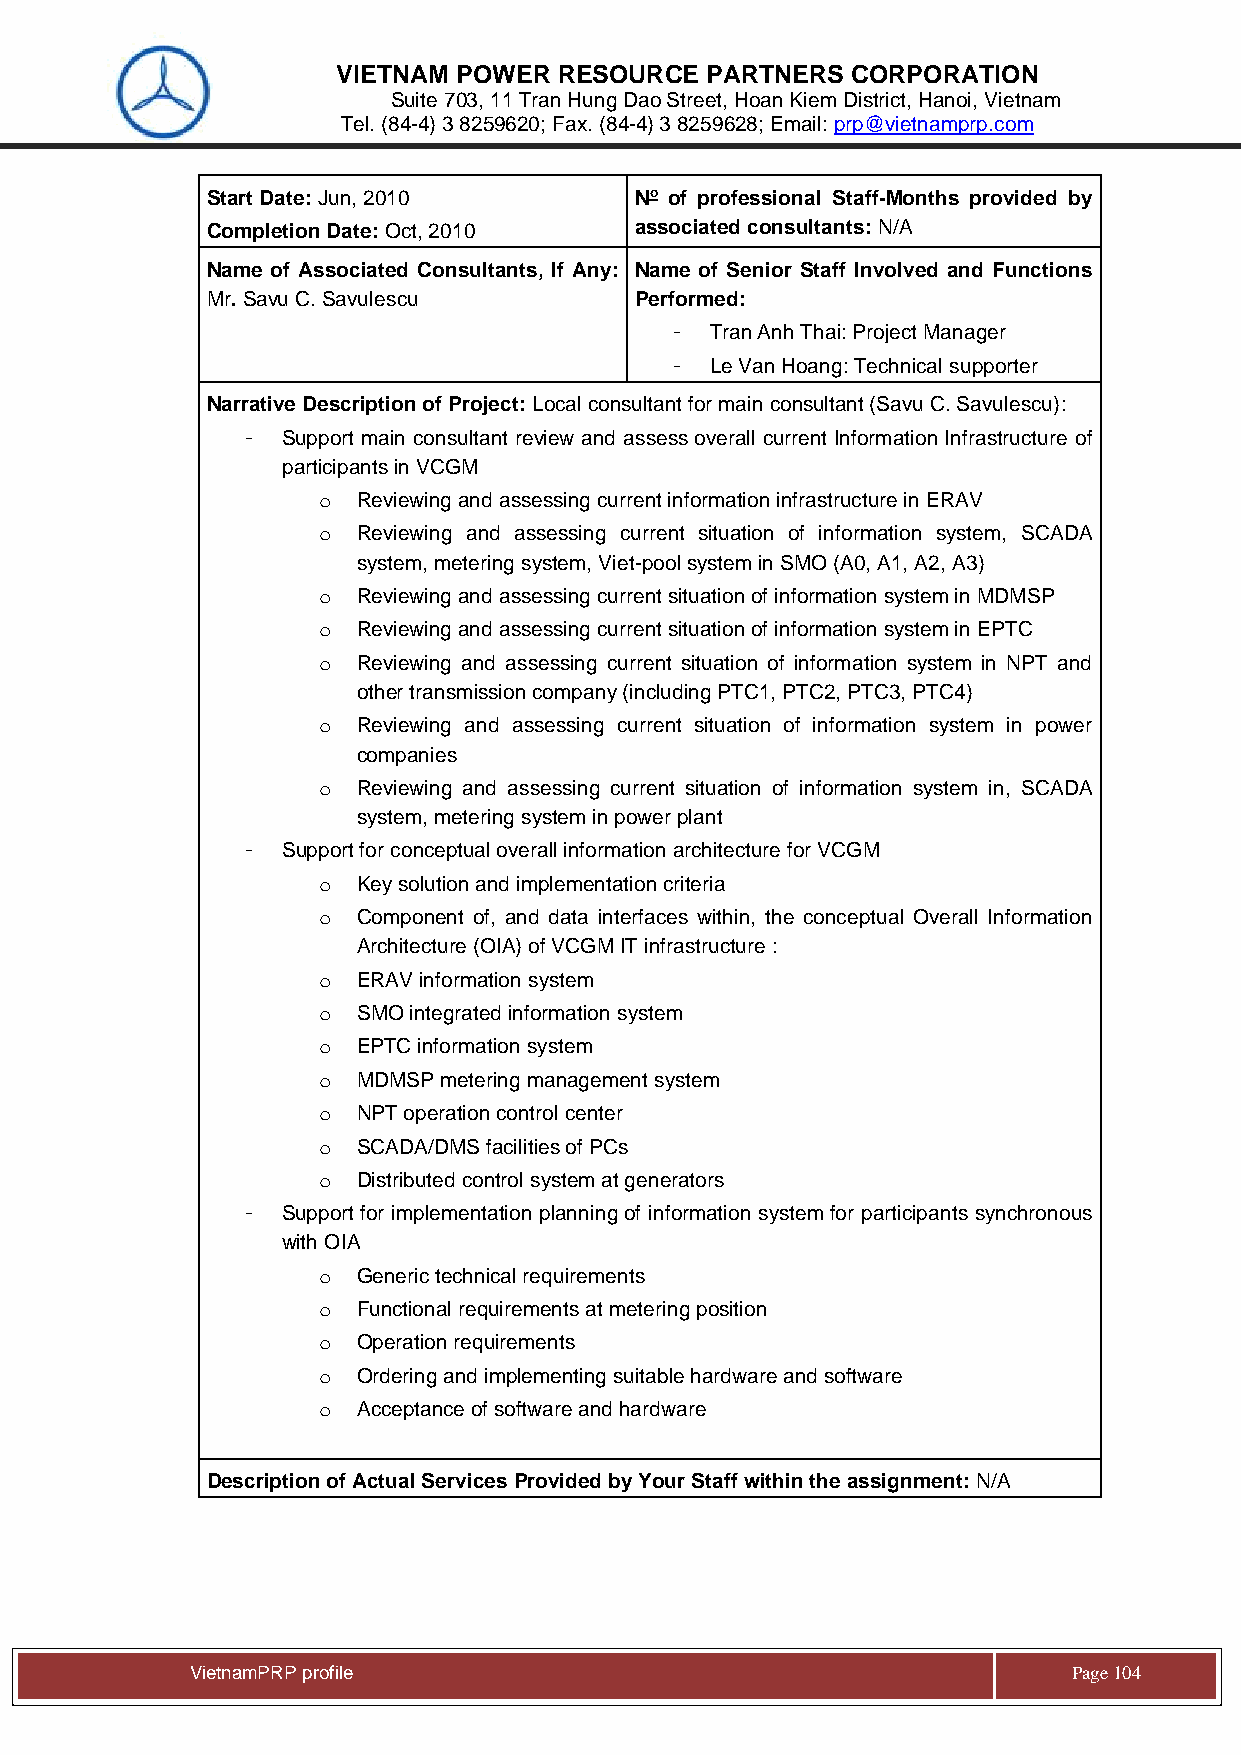
VIETNAM POWER  RESOURCE  PARTNERS CORPORATION
 Suite 703, 11 Tran Hung Dao Street, Hoan Kiem District, Hanoi, Vietnam
 Tel. (84-4) 3 8259620; Fax. (84-4) 3 8259628; Email: prp@vietnamprp.com
 Start Date: Jun, 2010       No of professional Staff-Months provided by
 Completion Date: Oct, 2010  associated consultants: N/A
 Name of Associated Consultants, If Any: Name of Senior Staff Involved and Functions
 Mr. Savu C. Savulescu       Performed:
 -  Tran Anh Thai: Project Manager
 -  Le Van Hoang: Technical supporter
 Narrative Description of Project: Local consultant for main consultant (Savu C. Savulescu):
 -  Support main consultant review and assess overall current Information Infrastructure of
 participants in VCGM
 o  Reviewing and assessing current information infrastructure in ERAV
 o  Reviewing and assessing current situation of information system, SCADA
 system, metering system, Viet-pool system in SMO (A0, A1, A2, A3)
 o  Reviewing and assessing current situation of information system in MDMSP
 o  Reviewing and assessing current situation of information system in EPTC
 o  Reviewing and assessing current situation of information system in NPT and
 other transmission company (including PTC1, PTC2, PTC3, PTC4)
 o  Reviewing and assessing current situation of information system in power
 companies
 o  Reviewing and assessing current situation of information system in, SCADA
 system, metering system in power plant
 -  Support for conceptual overall information architecture for VCGM
 o  Key solution and implementation criteria
 o  Component of, and data interfaces within, the conceptual Overall Information
 Architecture (OIA) of VCGM IT infrastructure :
 o  ERAV information system
 o  SMO integrated information system
 o  EPTC information system
 o  MDMSP metering management system
 o  NPT operation control center
 o  SCADA/DMS facilities of PCs
 o  Distributed control system at generators
 -  Support for implementation planning of information system for participants synchronous
 with OIA
 o  Generic technical requirements
 o  Functional requirements at metering position
 o  Operation requirements
 o  Ordering and implementing suitable hardware and software
 o  Acceptance of software and hardware
 Description of Actual Services Provided by Your Staff within the assignment: N/A
 Vie tnamPRP profile                                       Page 104